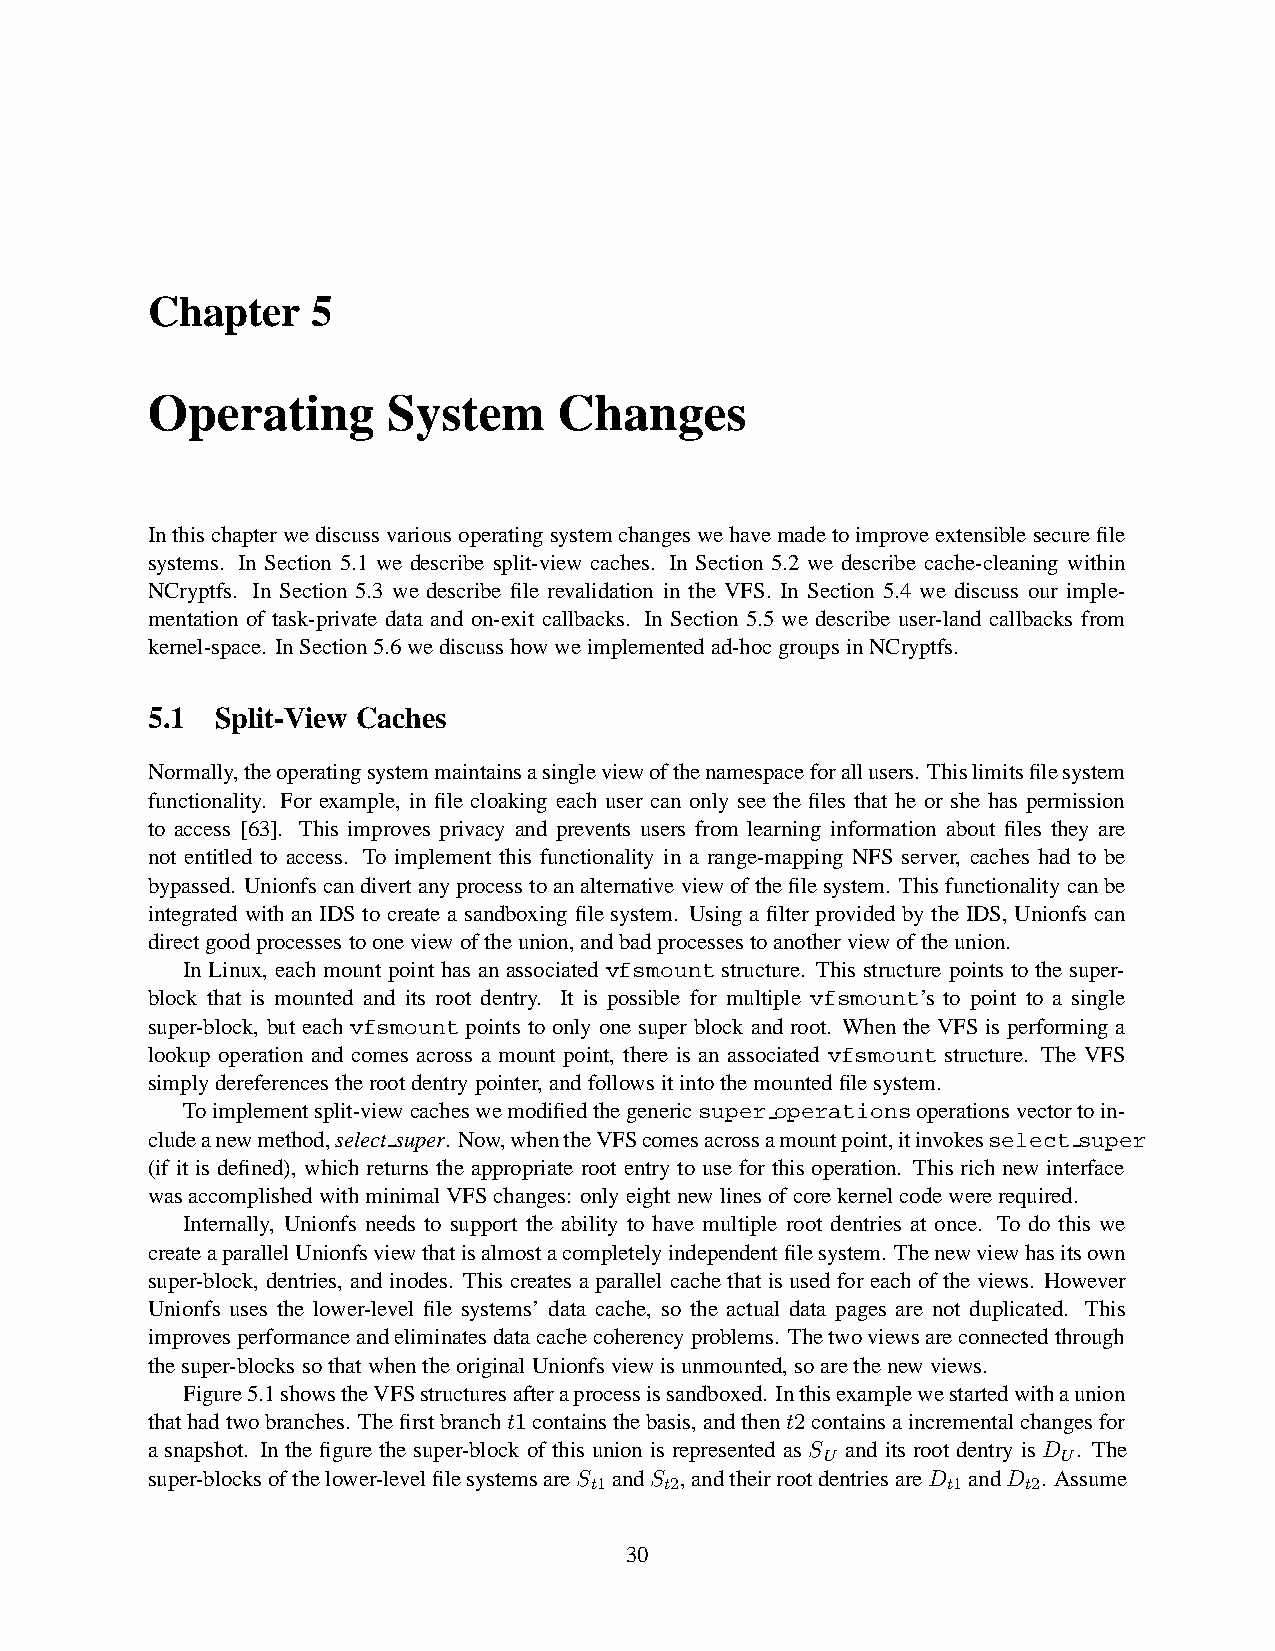
Chapter    5
 Operating       System     Changes
 Inthischapterwediscussvariousoperatingsystemchangeswehavemadetoimproveextensiblesecurefile
 systems. In Section 5.1 we describe split-view caches. In Section 5.2 we describe cache-cleaning within
 NCryptfs. In Section 5.3 we describe file revalidation in the VFS. In Section 5.4 we discuss our imple-
 mentation of task-private data and on-exit callbacks. In Section 5.5 we describe user-land callbacks from
 kernel-space. InSection5.6wediscusshowweimplementedad-hocgroupsinNCryptfs.
 5.1 Split-View Caches
 Normally,theoperatingsystemmaintainsasingleviewofthenamespaceforallusers. Thislimitsfilesystem
 functionality. For example, in file cloaking each user can only see the files that he or she has permission
 to access [63]. This improves privacy and prevents users from learning information about files they are
 not entitled to access. To implement this functionality in a range-mapping NFS server, caches had to be
 bypassed. Unionfscandivertanyprocesstoanalternative viewofthefilesystem. Thisfunctionalitycanbe
 integrated with an IDS to create a sandboxingfile system. Using a filter provided by the IDS, Unionfs can
 directgoodprocessestooneviewoftheunion,andbadprocessestoanotherviewoftheunion.
 In Linux, each mount point has an associated vfsmountstructure. This structure points to the super-
 block that is mounted and its root dentry. It is possible for multiple vfsmount’s to point to a single
 super-block, but each vfsmount points to only one super block and root. When the VFS is performing a
 lookup operation and comes across a mount point, there is an associated vfsmount structure. The VFS
 simplydereferencestherootdentrypointer, andfollowsitintothemountedfilesystem.
 Toimplementsplit-viewcacheswemodifiedthegenericsuper operationsoperationsvectortoin-
 cludeanewmethod,select super. Now,whentheVFScomesacrossamountpoint,itinvokesselect super
 (if it is defined), which returns the appropriate root entry to use for this operation. This rich new interface
 wasaccomplishedwithminimalVFSchanges: onlyeightnewlinesofcorekernelcodewererequired.
 Internally, Unionfs needs to support the ability to have multiple root dentries at once. To do this we
 createaparallelUnionfsviewthatisalmostacompletelyindependentfilesystem. Thenewviewhasitsown
 super-block, dentries, andinodes. Thiscreatesa parallelcachethatis usedforeach of theviews. However
 Unionfs uses the lower-level file systems’ data cache, so the actual data pages are not duplicated. This
 improvesperformanceandeliminatesdatacachecoherencyproblems. Thetwoviewsareconnectedthrough
 thesuper-blockssothatwhentheoriginalUnionfsviewisunmounted,soarethenewviews.
 Figure5.1showstheVFSstructuresafteraprocessissandboxed. Inthisexamplewestartedwithaunion
 thathadtwobranches. Thefirstbrancht1containsthebasis,andthent2containsaincrementalchangesfor
 a snapshot. In the figure the super-block of this union is represented as S and its root dentry is D . The
 U              U
 super-blocksofthelower-levelfilesystemsareS t1 andS t2,andtheirrootdentriesareD t1 andD t2. Assume
 30